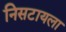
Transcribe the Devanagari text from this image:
निसटायला